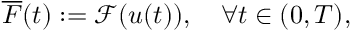
\overline { { F } } ( t ) : = \mathcal { F } ( u ( t ) ) , \quad \forall t \in ( 0 , T ) ,